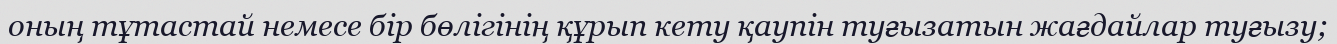
оның тұтастай немесе бір бөлігінің құрып кету қаупін туғызатын жағдайлар туғызу;